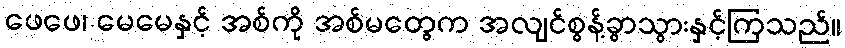
ဖေဖေ၊ မေမေနှင့် အစ်ကို အစ်မတွေက အလျင်စွန့်ခွာသွားနှင့်ကြသည်။